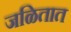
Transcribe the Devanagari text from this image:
जळितात